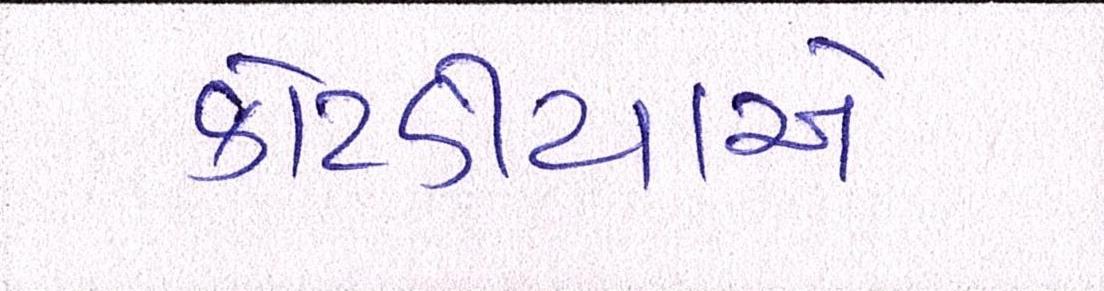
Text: કોટડીયાએ